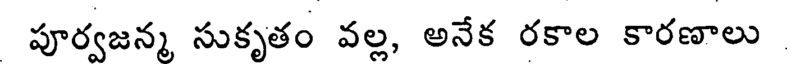
పూర్వజన్మ సుకృతం వల్ల, అనేక రకాల కారణాలు